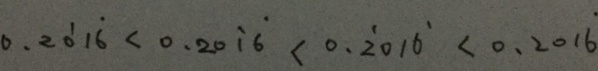
0 . 2 \dot { 0 } 1 \dot { 6 } < 0 . 2 0 \dot { 1 } \dot { 6 } < 0 . \dot { 2 } 0 1 \dot { 6 } < 0 . 2 0 1 \dot { 6 }